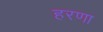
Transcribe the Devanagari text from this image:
हरणा